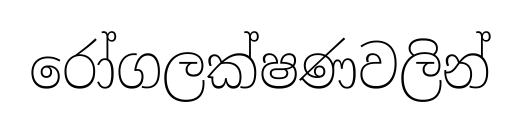
රෝගලක්ෂණවලින්